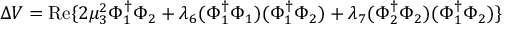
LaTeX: \Delta V = \mathrm { R e } \{ 2 \mu _ { 3 } ^ { 2 } \Phi _ { 1 } ^ { \dagger } \Phi _ { 2 } + \lambda _ { 6 } ( \Phi _ { 1 } ^ { \dagger } \Phi _ { 1 } ) ( \Phi _ { 1 } ^ { \dagger } \Phi _ { 2 } ) + \lambda _ { 7 } ( \Phi _ { 2 } ^ { \dagger } \Phi _ { 2 } ) ( \Phi _ { 1 } ^ { \dagger } \Phi _ { 2 } ) \}